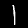
Digit: 1